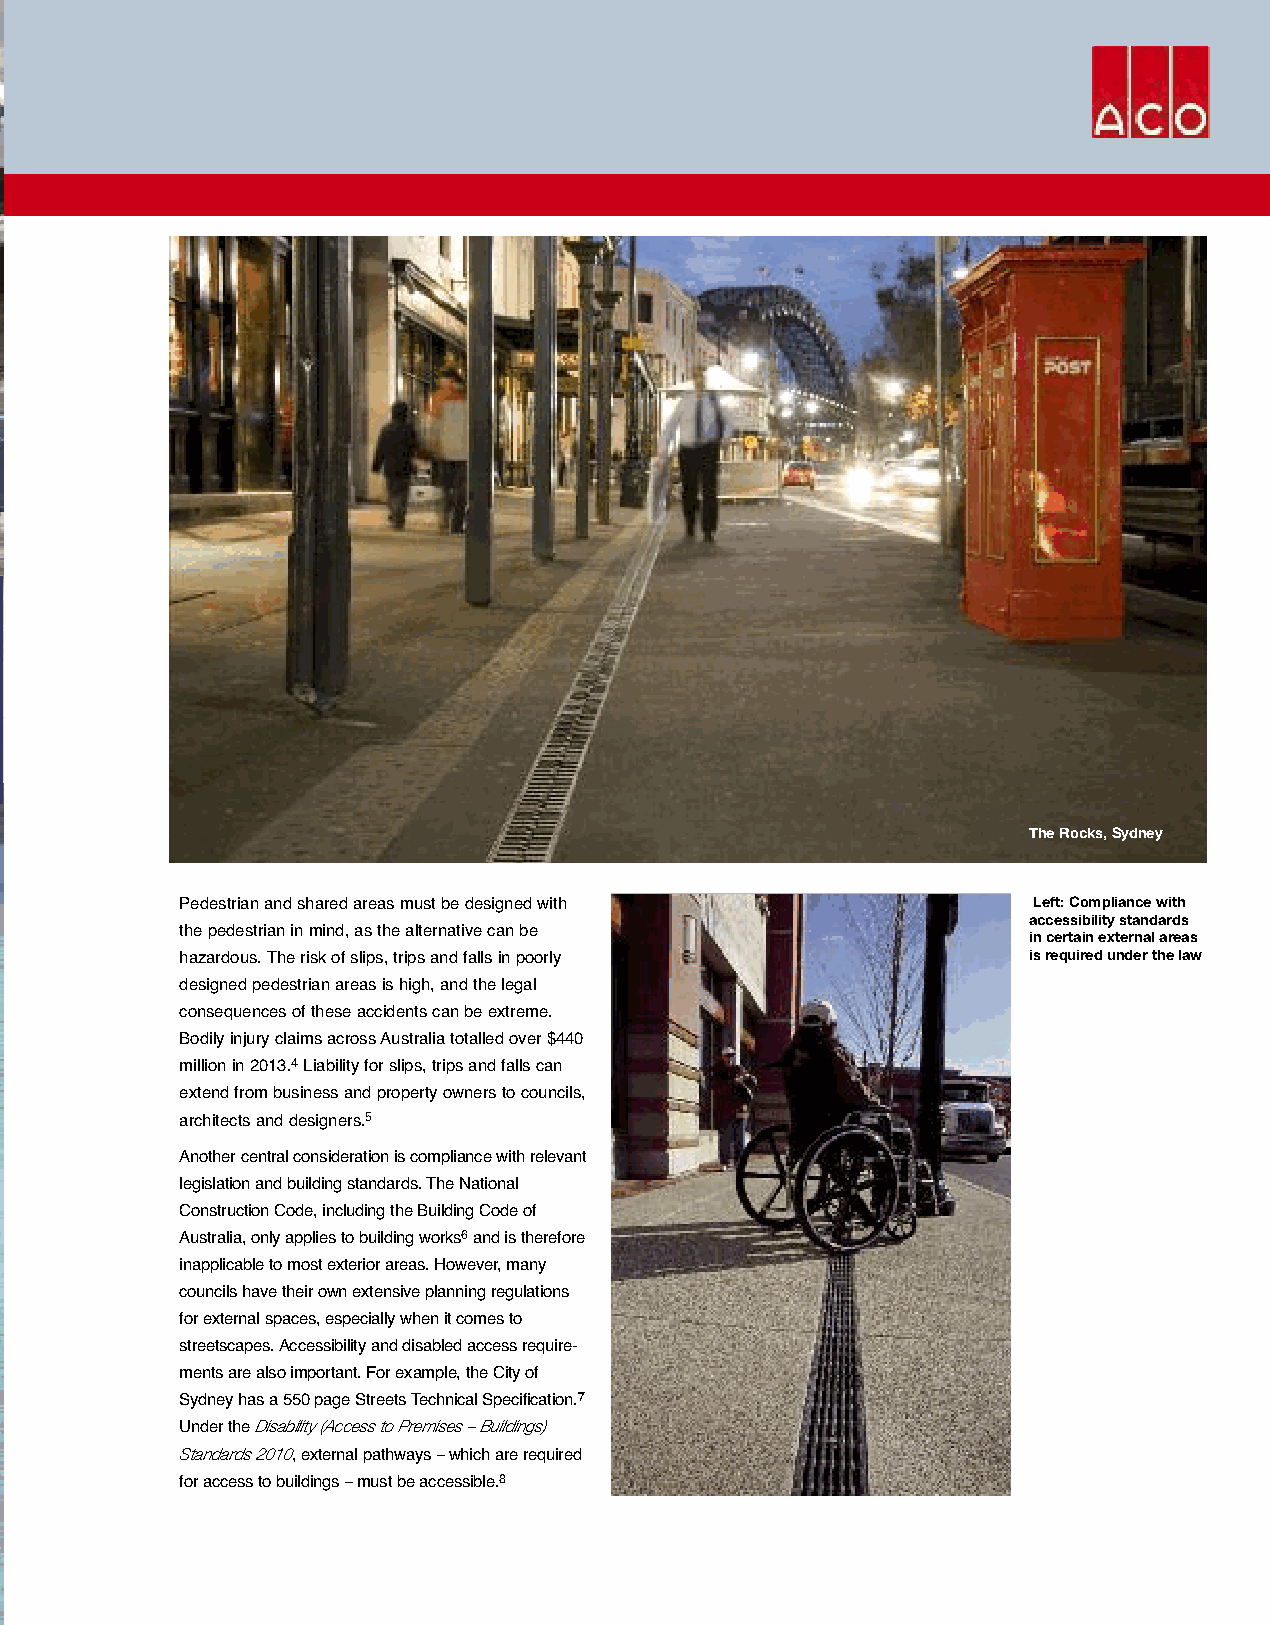
The Rocks, Sydney
 Left: Compliance with
 Pedestrian and shared areas must be designed with
 accessibility standards
 the pedestrian in mind, as the alternative can be       in certain external areas
 is required under the law
 hazardous. The risk of slips, trips and falls in poorly
 designed pedestrian areas is high, and the legal
 consequences of these accidents can be extreme.
 Bodily injury claims across Australia totalled over $440
 million in 2013.4Liability for slips, trips and falls can
 extend from business and property owners to councils,
 architects and designers.5
 Another central consideration is compliance with relevant
 legislation and building standards. The National
 Construction Code, including the Building Code of
 Australia, only applies to building works6and is therefore
 inapplicable to most exterior areas. However, many
 councils have their own extensive planning regulations
 for external spaces, especially when it comes to
 streetscapes. Accessibility and disabled access require-
 ments are also important. For example, the City of
 Sydney has a 550 page Streets Technical Specification.7
 Disability (Access to Premises – Buildings)
 Under the
 Standards 2010   –
 , external pathways which are required
 –
 for access to buildings must be accessible.8